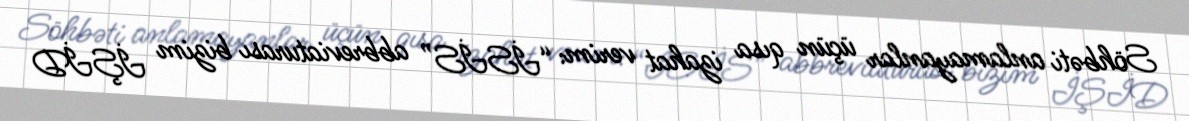
Söhbəti anlamayanlar üçün qısa izahat verim: “İSİS” abbreviaturası bizim İŞİD